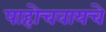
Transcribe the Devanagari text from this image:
पाहोचवायचे